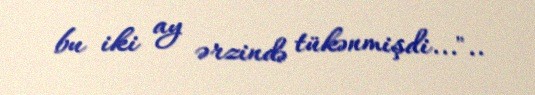
bu iki ay ərzində tükənmişdi..."..